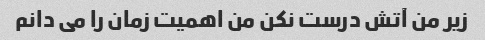
زیر من آتش درست نکن من اهمیت زمان را می دانم